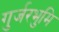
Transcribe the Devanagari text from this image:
गुर्जरभुमि